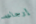
إرجاعه